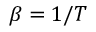
\beta = 1 / T